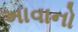
ખાવાનો